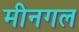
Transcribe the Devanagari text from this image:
मीनगल